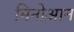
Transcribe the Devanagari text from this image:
मिनोआन